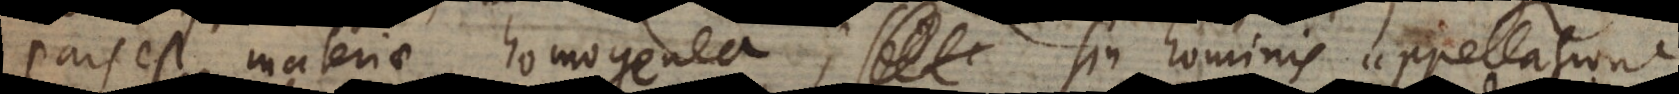
pars est materiae homogenea; sin hominis appellatione